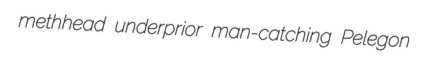
methhead underprior man-catching Pelegon